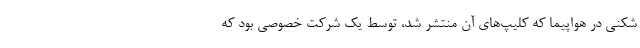
شکنی در هواپیما که کلیپ‌های آن منتشر شد، توسط یک شرکت خصوصی بود که